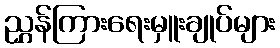
ညွှန်ကြားရေးမှူးချုပ်များ